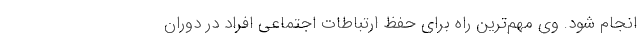
انجام شود. وی مهم‌ترین راه برای حفظ ارتباطات اجتماعی افراد در دوران